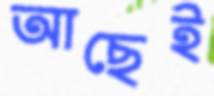
আছেই